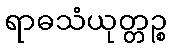
ရာဓသံယုတ္တဉ္စ